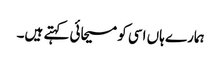
ہمارے ہاں اسی کو مسیحائی کہتے ہیں۔